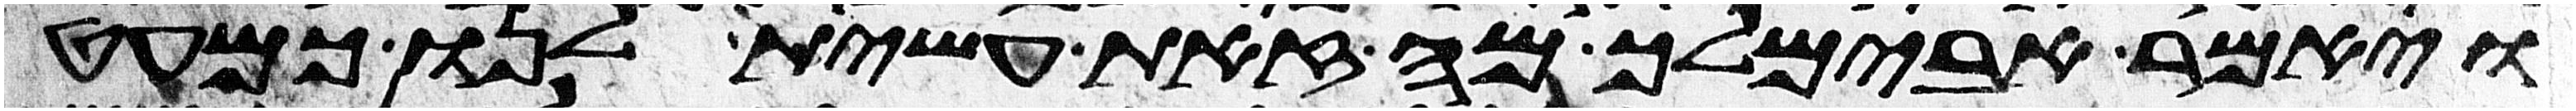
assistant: ויאמר אבימלך מה זאת עשית לנו כמעט